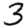
Digit: 3